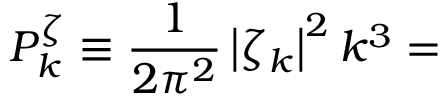
P _ { k } ^ { \zeta } \equiv \frac { 1 } { 2 \pi ^ { 2 } } \left| \zeta _ { k } \right| ^ { 2 } k ^ { 3 } =